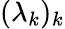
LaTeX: (\lambda_{k})_{k}